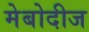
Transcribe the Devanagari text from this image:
मेबोदीज